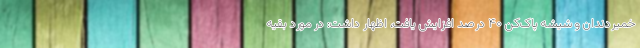
خمیردندان و شیشه پاک‌کن ۴۰ درصد افزایش یافت، اظهار داشت: در مورد بقیه